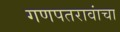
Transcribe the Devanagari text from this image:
गणपतरावांचा